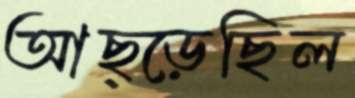
আছ্‌ড়েছিল